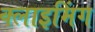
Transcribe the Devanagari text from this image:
क्लाइमिंग